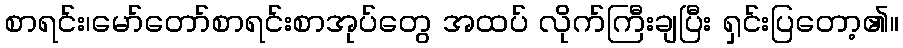
စာရင်း၊မော်တော်စာရင်းစာအုပ်တွေ အထပ် လိုက်ကြီးချပြီး ရှင်းပြတော့၏။